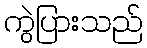
ကွဲပြားသည်